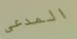
المدعى